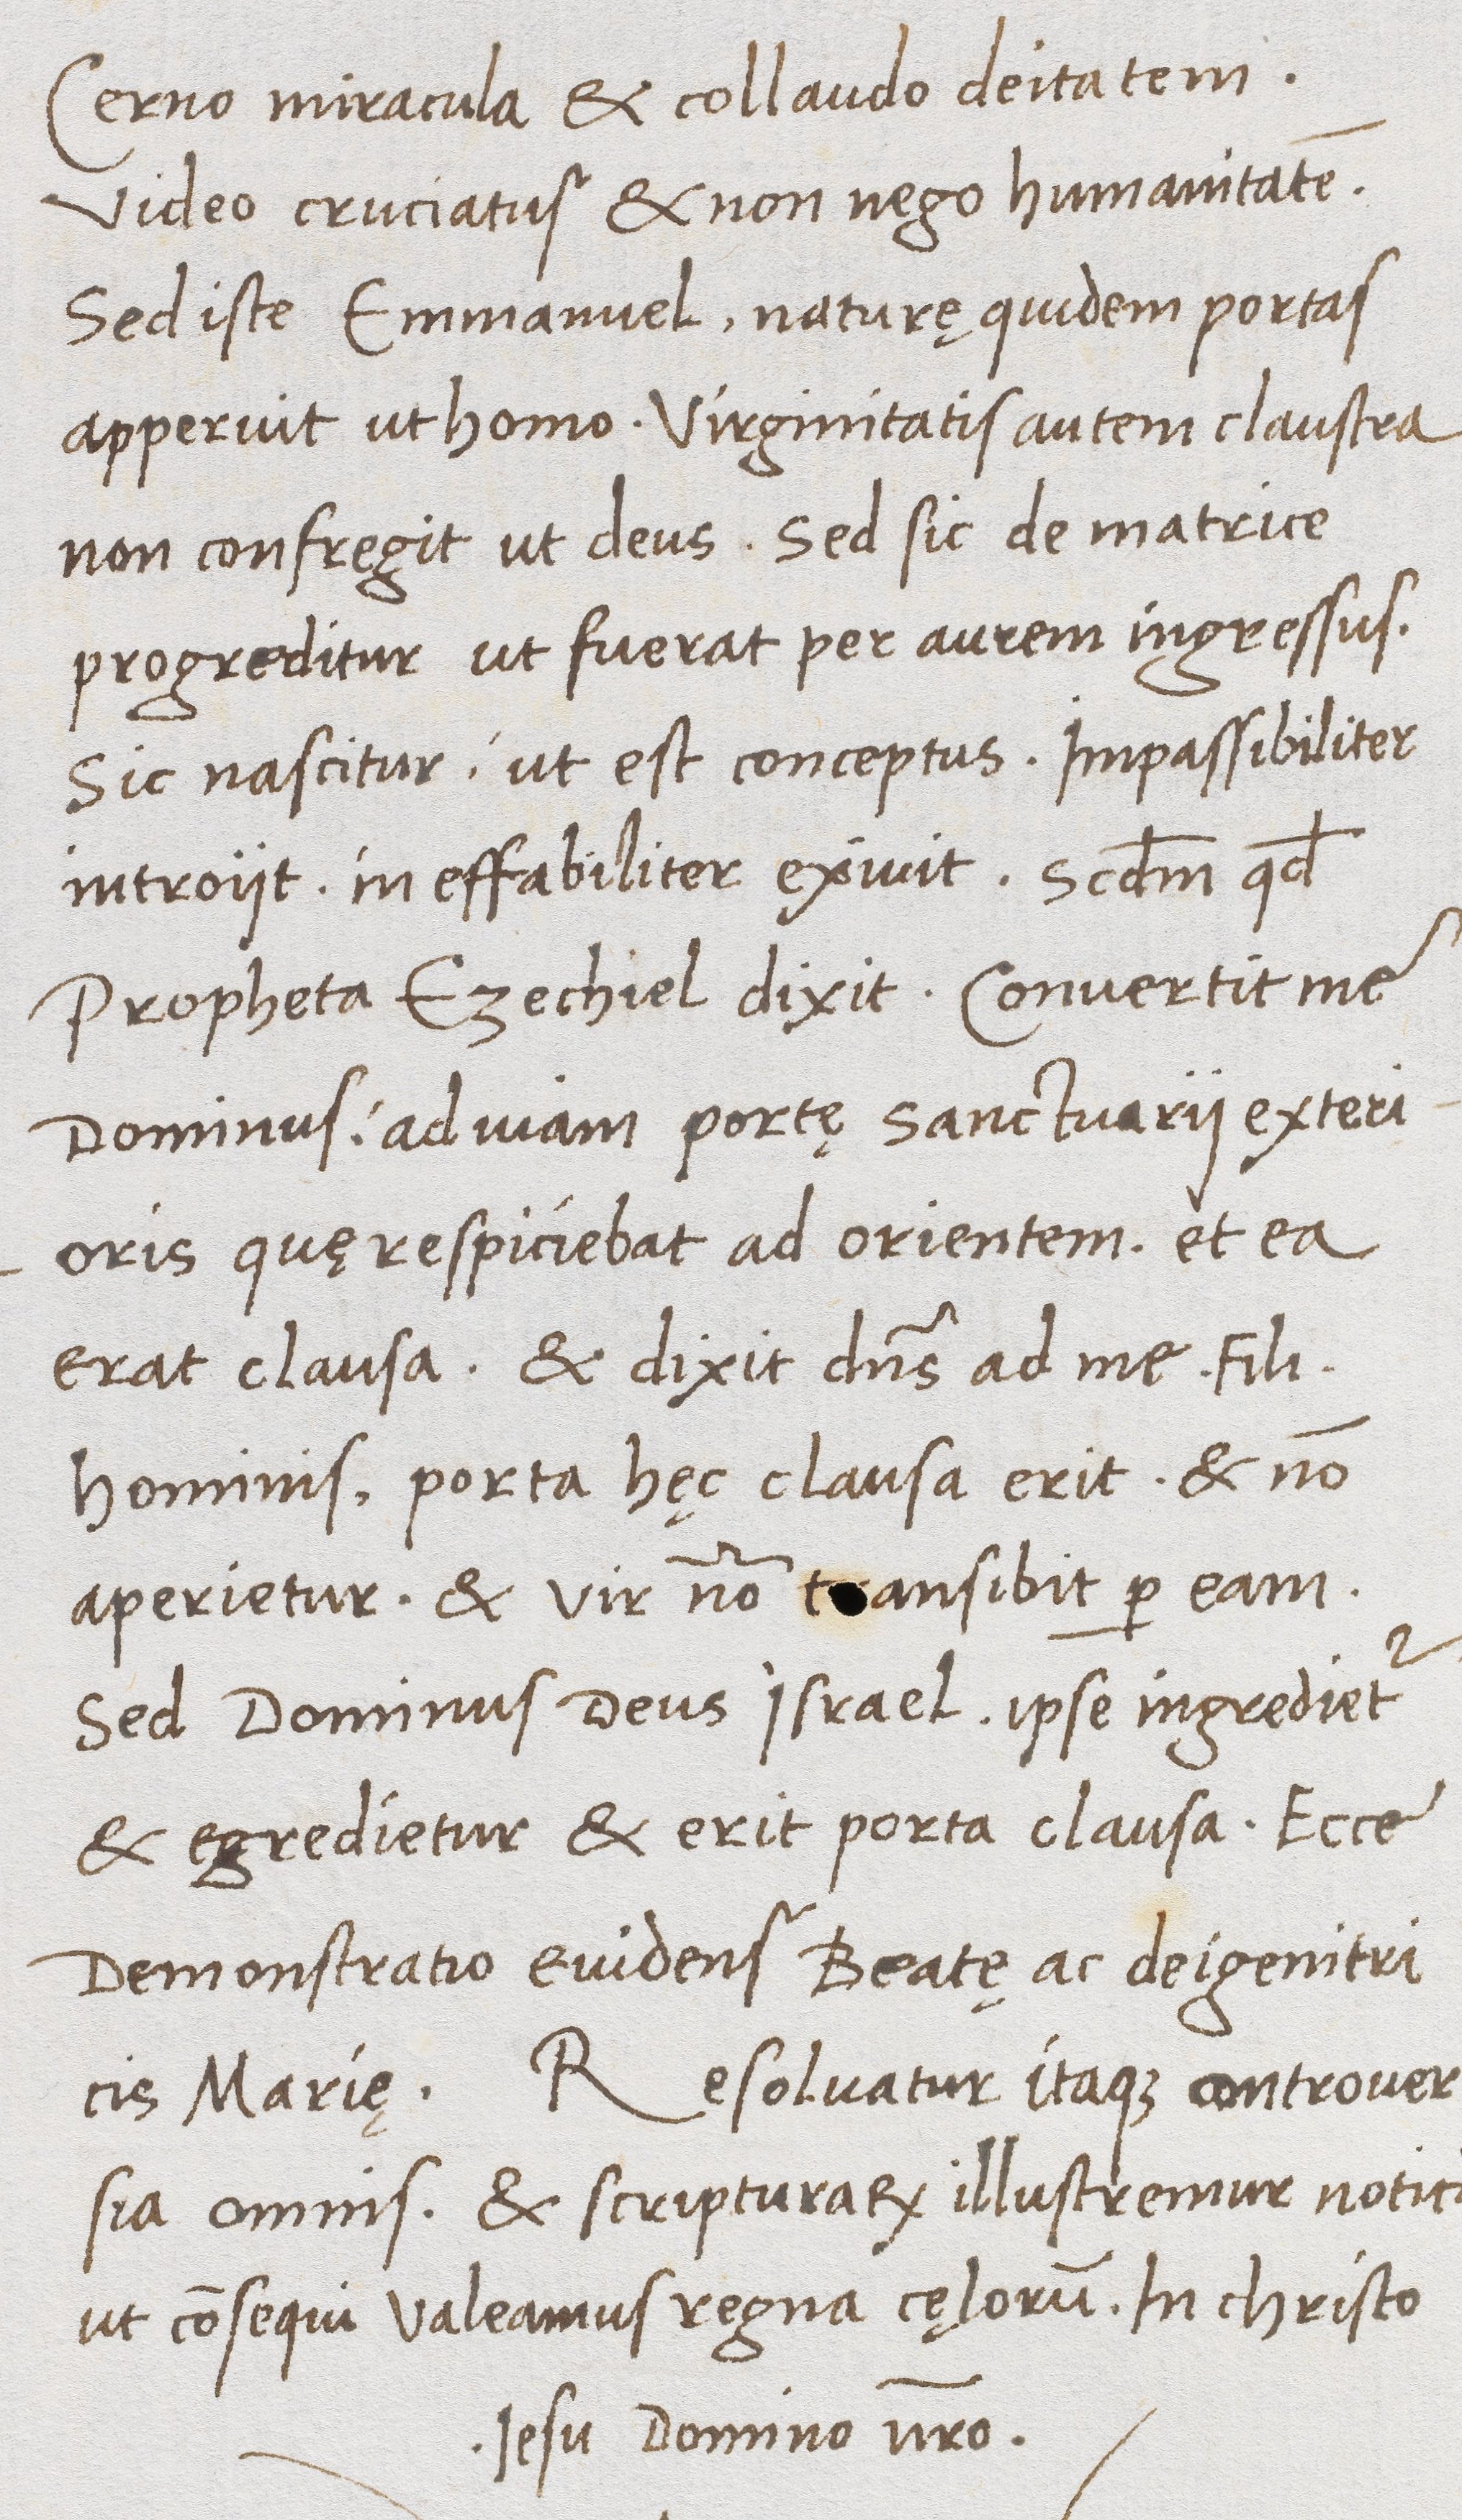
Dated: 1470–1488